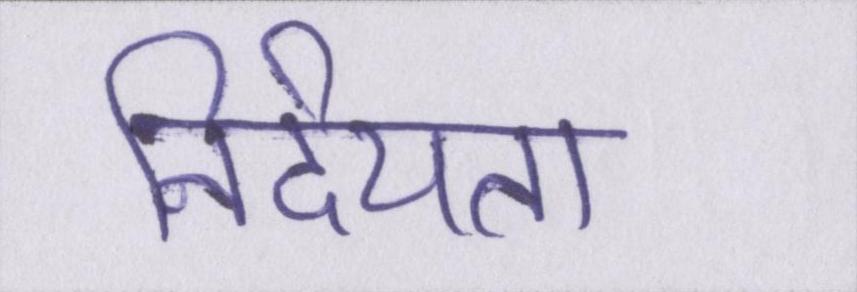
निर्दयता